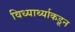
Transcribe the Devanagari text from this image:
विध्यार्थ्याकडून